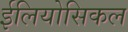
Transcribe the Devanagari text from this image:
ईलियोसिकल